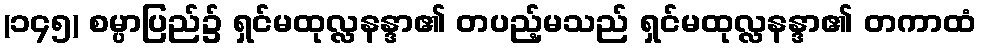
(၁၄၅) စမ္ပာပြည်၌ ရှင်မထုလ္လနန္ဒာ၏ တပည့်မသည် ရှင်မထုလ္လနန္ဒာ၏ တကာထံ